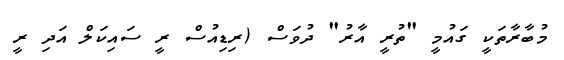
މުބާރާތަކީ ގައުމީ "ތުރީ އާރު" ދުވަސް (ރިޑިއުސް ރީ ސައިކަލް އަދި ރީ